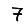
Digit: 7